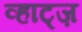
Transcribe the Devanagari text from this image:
व्हाट्ज़